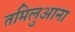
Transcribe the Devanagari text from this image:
तमिलुआना